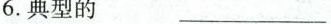
6.典型的 ___